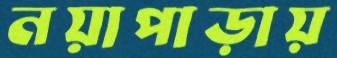
নয়াপাড়ায়